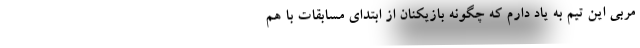
مربی این تیم به یاد دارم که چگونه بازیکنان از ابتدای مسابقات با هم